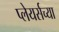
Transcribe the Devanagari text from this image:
प्लेयर्सच्या